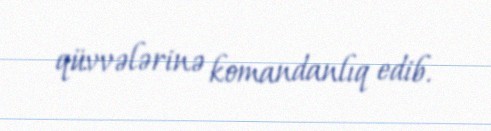
qüvvələrinə komandanlıq edib.